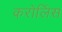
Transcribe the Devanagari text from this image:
करोलिंस